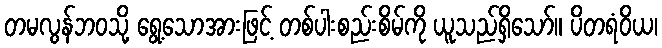
တမလွန်ဘဝသို့ ရွေ့သောအားဖြင့် တစ်ပါးစည်းစိမ်ကို ယူသည်ရှိသော်။ ပိတရံဝိယ၊